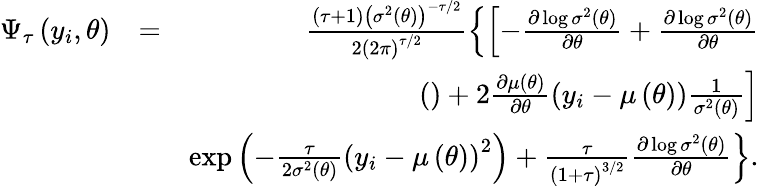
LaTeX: \begin{array}{rlr}{\Psi_{\tau}\left(y_{i},\theta\right)}&{=}&{\frac{\left(\tau+1\right)\left(\sigma^{2}\left(\theta\right)\right)^{-\tau/2}}{2\left(2\pi\right)^{\tau/2}}\left\{ \left[-\frac{\partial\log\sigma^{2}\left(\theta\right)}{\partial\theta}+\frac{\partial\log\sigma^{2}\left(\theta\right)}{\partial\theta}\right.\right.}\\ &{}&{\left.()+2\frac{\partial\mu\left(\theta\right)}{\partial\theta}\left(y_{i}-\mu\left(\theta\right)\right)\frac{1}{\sigma^{2}\left(\theta\right)}\right]}\\ &{}&{\left.\exp\left(-\frac{\tau}{2\sigma^{2}\left(\theta\right)}\left(y_{i}-\mu\left(\theta\right)\right)^{2}\right)+\frac{\tau}{\left(1+\tau\right)^{3/2}}\frac{\partial\log\sigma^{2}\left(\theta\right)}{\partial\theta}\right\} .}\end{array}